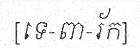
[ទេ-ពា-រ័ក]